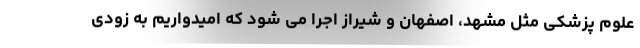
علوم پزشکی مثل مشهد، اصفهان و شیراز اجرا می شود که امیدواریم به زودی